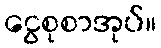
ငွေစုစာအုပ်။